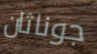
جوناثان